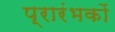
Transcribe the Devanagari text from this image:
प्रारंभकों